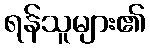
ရန်သူများ၏